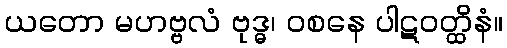
ယတော မဟဗ္ဗလံ ဗုဒ္ဓ၊ ဝစနေ ပါဋဝတ္ထိနံ။